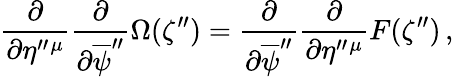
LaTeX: \frac{\partial}{\partial\eta^{\prime\prime}{}^{\mu}}\frac{\partial}{\partial\overline{{{\psi}}}^{\prime\prime}}\Omega(\zeta^{\prime\prime})=\frac{\partial}{\partial\overline{{{\psi}}}^{\prime\prime}}\frac{\partial}{\partial\eta^{\prime\prime}{}^{\mu}}F(\zeta^{\prime\prime})\, ,